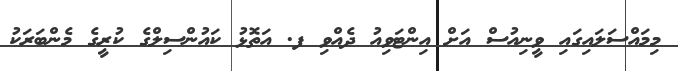
މިމައްސަލައިގައި ވީނިއުސް އަށް އިންޓަވިއު ދެއްވި ފ. އަތޮޅު ކައުންސިލްގެ ކުރީގެ މެންބަރަކު